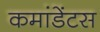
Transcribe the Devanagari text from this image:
कमांडेंटस